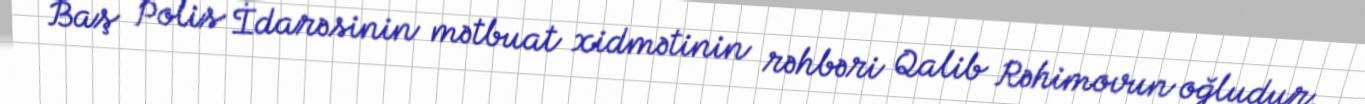
Baş Polis İdarəsinin mətbuat xidmətinin rəhbəri Qalib Rəhimovun oğludur.